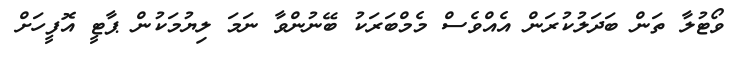
ވޯޓުލާ ތަން ބަދަލުކުރަން އެއްވެސް މެމްބަރަކު ބޭނުންވާ ނަމަ ލިޔުމަކުން ޕާޓީ އޮފީހަށް